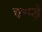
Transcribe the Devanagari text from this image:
चम्प्ड़े